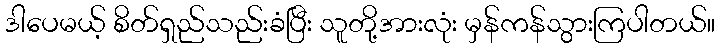
ဒါပေမယ့် စိတ်ရှည်သည်းခံပြီး သူတို့အားလုံး မှန်ကန်သွားကြပါတယ်။